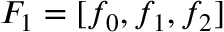
F _ { 1 } = [ f _ { 0 } , f _ { 1 } , f _ { 2 } ]